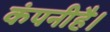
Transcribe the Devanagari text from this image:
कंपनीहै।